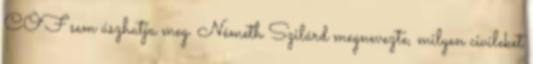
CÖF sem úszhatja meg. Németh Szilárd megnevezte, milyen civileket